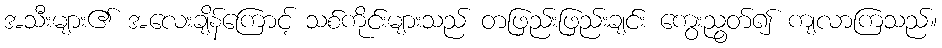
အသီးများ၏ အလေးချိန်ကြောင့် သစ်ကိုင်းများသည် တဖြည်းဖြည်းချင်း ကွေးညွတ်၍ ကျလာကြသည်။